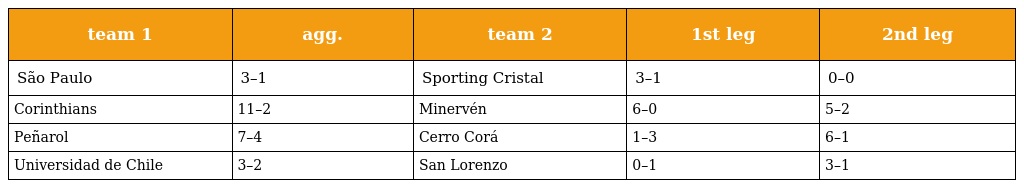
| team 1 | agg. | team 2 | 1st leg | 2nd leg |
 | --- | --- | --- | --- | --- |
 | São Paulo | 3–1 | Sporting Cristal | 3–1 | 0–0 |
 | Corinthians | 11–2 | Minervén | 6–0 | 5–2 |
 | Peñarol | 7–4 | Cerro Corá | 1–3 | 6–1 |
 | Universidad de Chile | 3–2 | San Lorenzo | 0–1 | 3–1 |